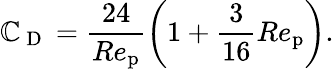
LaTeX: \mathbb{C}_{\mathrm{{~D~}}}=\frac{{24}}{{Re_{\mathrm{{p}}}}}\left(1+\frac{{3}}{{16}}Re_{\mathrm{{p}}}\right).